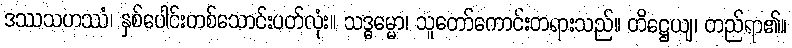
ဒဿသဟဿံ၊ နှစ်ပေါင်းတစ်သောင်းပတ်လုံး။ သဒ္ဓမ္မော၊ သူတော်ကောင်းတရားသည်။ တိဋ္ဌေယျ၊ တည်ရာ၏။